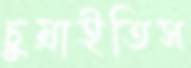
চুম্‌রাইতিস